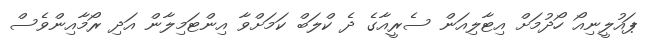
ޕައުލީނިއޯ ހޯދުމަށް އިޓާލިއަން ސެރީއާގެ ދެ ކްލަބް ކަމަށްވާ އިންޓަމިލާން އަދި ރޯމާއިންވެސް